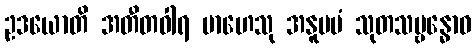
ဥဒယောတိ အတီတဝါရ မာဟေသု အနူပမံ သုတသမ္ဗန္ဓောဝ